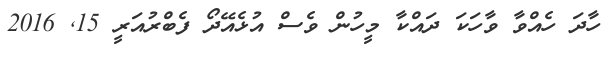
ހާދަ ހެއްވާ ވާހަކަ ދައްކާ މީހުން ވެސް އުޅެއޭދޯ ފެބްރުއަރީ 15